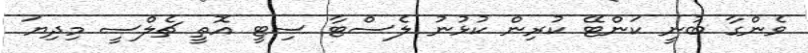
ވެންގާ ބުނީ ކަންޓޭ ކުރިން ކުޅުނު ލެސްޓާ ސިޓީ އޮތީ ޗެލްސީ މިދިޔަ